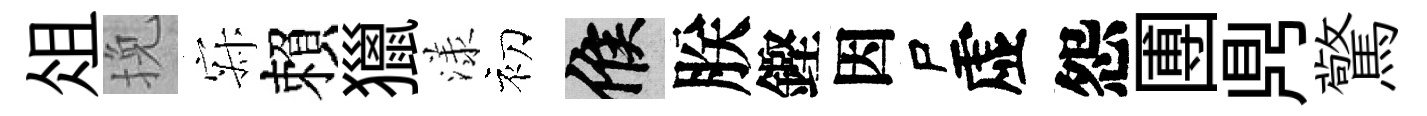
俎挽寂賴獵漾初候朕鏗因尸虚怨圑𪔂驚